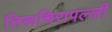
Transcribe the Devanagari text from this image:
तिरूचिरापल्‍ली